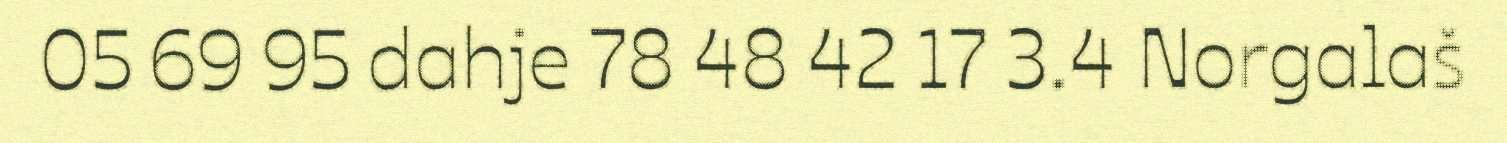
05 69 95 dahje 78 48 42 17 3.4 Norgalaš